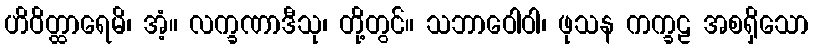
ဟိဝိတ္ထာရေမိ၊ အံ့။ လက္ခဏာဒီသု၊ တို့တွင်။ သဘာဝေါဝါ၊ ဖုသန ကက္ခဠ အစရှိသော